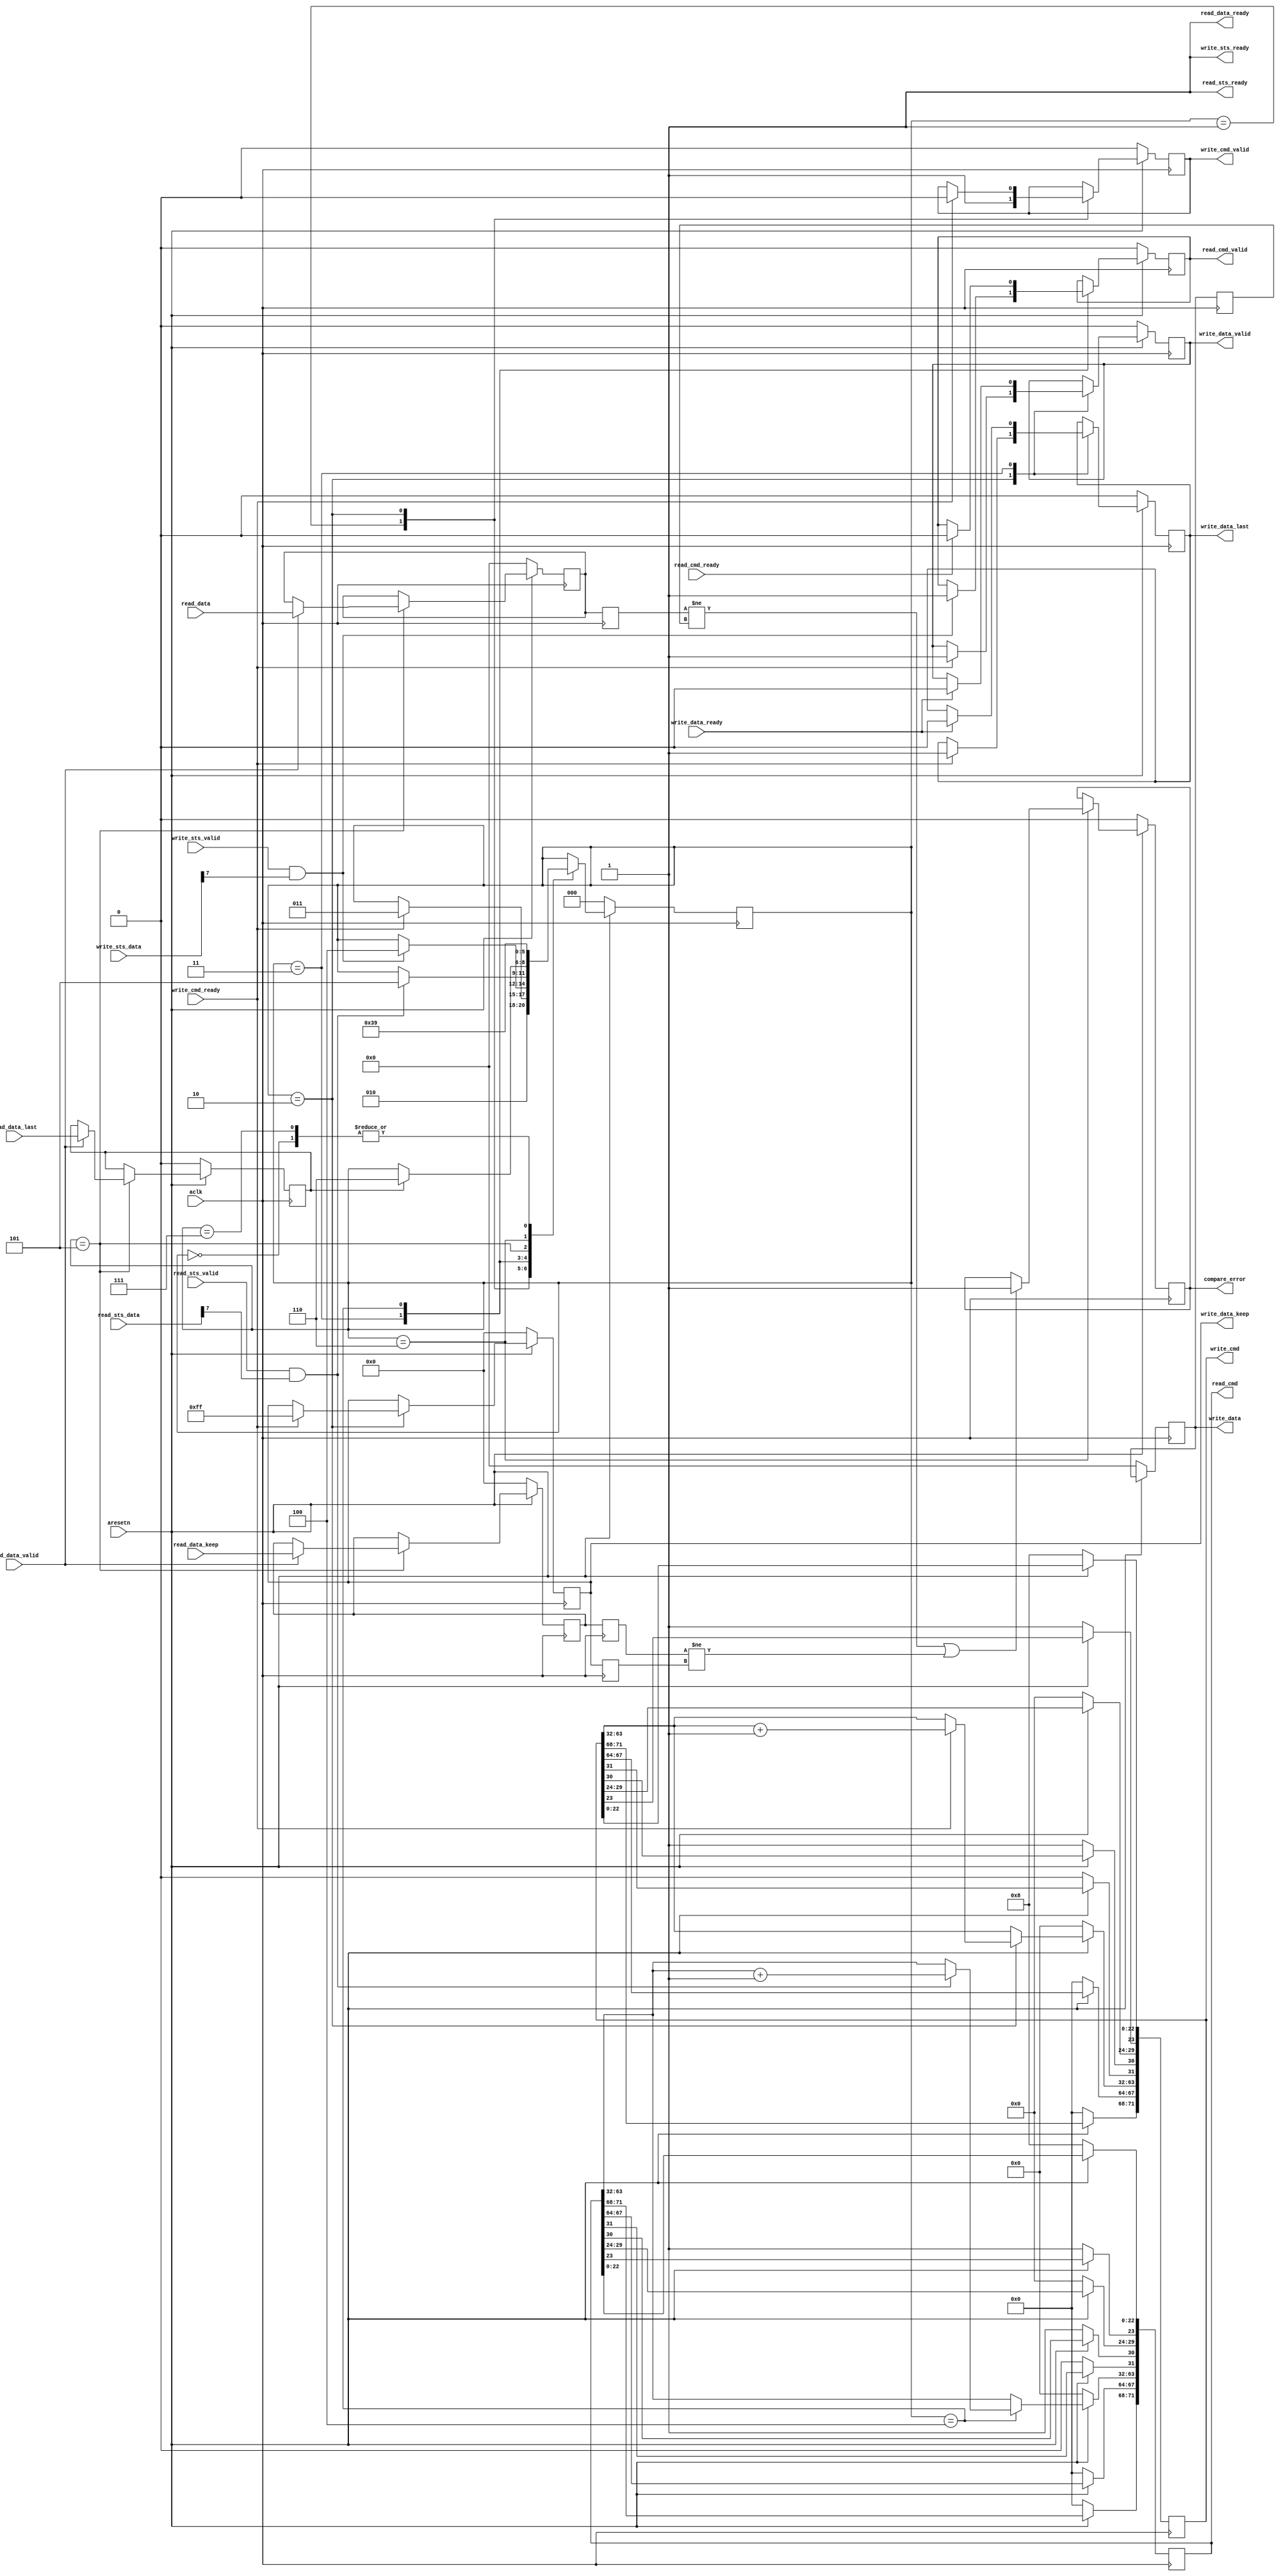
`timescale 1ns / 1ps
//////////////////////////////////////////////////////////////////////////////////
// Company: 
// Engineer: 
// 
// Design Name: 
// Module Name: stream_tg
// Project Name: 
// Target Devices: 
// Tool Versions: 
// Description: 
// 
// Dependencies: 
// 
// Revision:
// Revision 0.01 - File Created
// Additional Comments:
// 
//////////////////////////////////////////////////////////////////////////////////


module stream_tg #(
    parameter DATA_WIDTH = 64,
    parameter KEEP_WIDTH = 8,
    parameter START_ADDR = 0,
    parameter START_DATA = 0,
    parameter BTT = 23'd8,
    parameter DRR = 1'b0,
    parameter DSA = 6'd0
)
(
    input aclk,
    input aresetn,
    
    output [71:0] write_cmd,
    output write_cmd_valid,
    input write_cmd_ready,
    
    output [DATA_WIDTH-1: 0] write_data,
    output write_data_valid,
    input write_data_ready,
    output [KEEP_WIDTH-1: 0] write_data_keep,
    output write_data_last,
    
    output [71:0] read_cmd,
    output read_cmd_valid,
    input read_cmd_ready,
    
    input [DATA_WIDTH-1: 0] read_data,
    input read_data_valid,
    input [KEEP_WIDTH-1: 0] read_data_keep,
    input read_data_last,
    output read_data_ready,
    
    input [7:0] read_sts_data,
    input read_sts_valid,
    output read_sts_ready,
 
    input [31:0] write_sts_data,
    input write_sts_valid,
    output write_sts_ready,
    
    output compare_error
);

//local parameters for test state machine
localparam ITERATIONS = 1; //test iterations. Each iteration involves state transition from WRITE TO COMPARE
localparam IDLE = 3'd0;
localparam START = 3'd1;
localparam WRITE_CMD = 3'd2;
localparam WRITE_DATA = 3'd3;
localparam READ_CMD = 3'd4;
localparam READ_DATA = 3'd5;
localparam COMPARE = 3'd6;
localparam FINISH = 3'd7;

//localparam BTT = 23'd16;
localparam TYPE = 1'd1;
localparam EOF = 1'd1;
//localparam DRR = 1'd1;
localparam TAG = 4'd0;
localparam RSVD = 4'd0;

reg [31:0] iter_count_r;
reg [2:0] test_state_r;

reg [71:0] write_cmd_r;
reg write_cmd_valid_r;
reg [DATA_WIDTH-1: 0] write_data_r, write_data_r1;
reg write_data_valid_r;
reg [KEEP_WIDTH-1: 0] write_data_keep_r, write_data_keep_r1;
reg write_data_last_r;
reg [71:0] read_cmd_r;
reg read_cmd_valid_r;
reg [DATA_WIDTH-1: 0] read_data_r, read_data_r1;
reg read_data_valid_r;
reg [KEEP_WIDTH-1: 0] read_data_keep_r, read_data_keep_r1;
reg read_data_last_r, read_data_last_r1;

reg compare_error_r;

assign compare_error = compare_error_r;
assign write_cmd = write_cmd_r;
assign write_cmd_valid = write_cmd_valid_r;
assign write_data = write_data_r;
assign write_data_valid = write_data_valid_r;
assign write_data_keep = write_data_keep_r;
assign write_data_last = write_data_last_r;
assign read_cmd = read_cmd_r;
assign read_cmd_valid = read_cmd_valid_r;
assign read_data_ready = 1'b1;
assign read_sts_ready = 1'b1;
assign write_sts_ready = 1'b1;
//main state machine
always @(posedge aclk)
    if (~aresetn) begin
        write_cmd_r[22:0] <= BTT;
        write_cmd_r[23] <= TYPE;
        write_cmd_r[29:24] <= DSA;
        write_cmd_r[30] <= EOF;
        write_cmd_r[31] <= DRR;
        write_cmd_r[63:32] <= START_ADDR;
        write_cmd_r[67:64] <= TAG;
        write_cmd_r[71:68] <= RSVD;      
        
        read_cmd_r[22:0] <= BTT;
        read_cmd_r[23] <= TYPE;
        read_cmd_r[29:24] <= DSA;
        read_cmd_r[30] <= EOF;
        read_cmd_r[31] <= DRR;
        read_cmd_r[63:32] <= START_ADDR;
        read_cmd_r[67:64] <= TAG;
        read_cmd_r[71:68] <= RSVD;
        
        write_data_r <= START_DATA;
        
        write_cmd_valid_r <= 1'b0;
        write_data_valid_r <= 1'b0;
        read_cmd_valid_r <= 1'b0;
        
        write_data_keep_r <= 0;
        write_data_last_r <= 1'b0;
        
        //iter_count_r <= 0;
        
        test_state_r <= IDLE;
        
        compare_error_r <= 1'b0;
        
        read_data_r <= 0;
        read_data_keep_r <= 0;
        read_data_last_r <= 0;
    end
    else
        case (test_state_r)
            IDLE:   begin test_state_r <= START; end
            START:  begin 
                        test_state_r <= WRITE_CMD;
                        write_cmd_valid_r <= 1'b1; 
                    end
            WRITE_CMD: begin
                        if (write_cmd_ready) begin
                            write_cmd_valid_r <= 1'b0;
                            test_state_r <= WRITE_DATA;
                            write_data_keep_r <= {{KEEP_WIDTH}{1'b1}};
                            write_data_last_r <= 1'b1;
                            write_data_valid_r <= 1'b1;
                            write_cmd_r[63:32] <= write_cmd_r[63:32] + 1;
                        end
                       end
            WRITE_DATA: begin
                            if (write_data_ready) begin
                                write_data_valid_r <= 1'b0;
                                write_data_last_r <= 1'b0;
                            end
                            if (write_sts_valid & write_sts_data[7]) begin
                                test_state_r <= READ_CMD;
                                read_cmd_valid_r <= 1'b1;
                            end
                        end
            READ_CMD: begin
                        if (read_cmd_ready) begin
                            read_cmd_valid_r <= 1'b0;
                        end
                        if (read_sts_valid & read_sts_data[7]) begin
                            test_state_r <= READ_DATA;
                            read_cmd_r[63:32] <= read_cmd_r[63:32] + 1;
                        end
                      end
            READ_DATA: begin
                           if (read_data_valid) begin
                                read_data_r <= read_data;
                                read_data_keep_r <= read_data_keep;
                                read_data_last_r <= read_data_last;
                           end
                           if (read_data_last_r) begin
                                test_state_r <= COMPARE;
                           end
                       end
            COMPARE: begin
                        if ((read_data_r1 != write_data_r1) | (read_data_keep_r1 != write_data_keep_r1)) begin
                            compare_error_r <= 1'b1;
                        end
                        test_state_r <= FINISH;
                     end
            FINISH: begin
                        //test_state_r <= FINISH;
                        test_state_r <= START;
                    end    
        endcase 
        
        always @(posedge aclk) begin
            read_data_r1 <= read_data_r;
            read_data_keep_r1 <= read_data_keep_r;
            write_data_r1 <= write_data_r;
            write_data_keep_r1 <= write_data_keep_r;
        end

endmodule